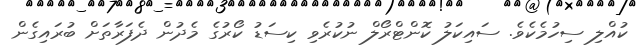
ކުއްލި ސިހުމެކެވެ. ސައިކަލު ކޮންޓްރޯލް ނުކުރެވި ކިސަޑު ކޯރުގެ މެދުން ދެފަރާތަށް ބުރައިގެން